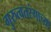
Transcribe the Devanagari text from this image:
गुरुत्वतरंगाच्या